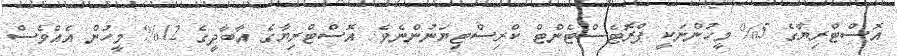
އޮސްޓްރިޔާގެ 5% މީހުންނަކީ ޕްރޮޓެސްޓެންޓް ކްރިސްޓިޔަނުންނެވެ. އޮސްޓްރިޔާގެ އާބާދީގެ 12% މީހުން އެއްވެސް